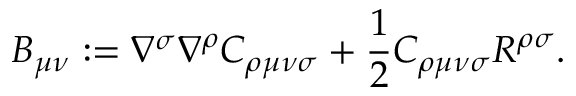
B _ { \mu \nu } : = \nabla ^ { \sigma } \nabla ^ { \rho } C _ { \rho \mu \nu \sigma } + \frac { 1 } { 2 } C _ { \rho \mu \nu \sigma } R ^ { \rho \sigma } .